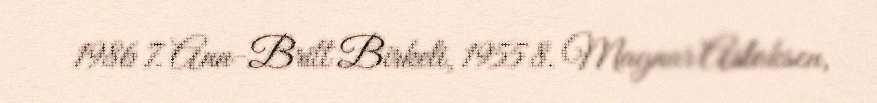
1986 7. Ann-Britt Birkeli, 1955 8. Magnar Aslaksen,